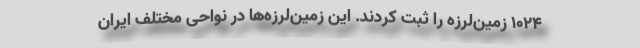
۱۰۲۴ زمین‌لرزه را ثبت کردند. این زمین‌لرزه‌ها در نواحی مختلف ایران